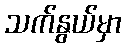
သက်နွယ်မှာ